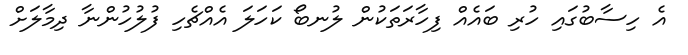
އެ ހިސާބުގައި ހުރި ބައެއް ފިހާރަތަކުން ލުނބޯ ކަހަލަ އެއްޗެހި ފުލުހުންނާ ދިމާލަށް